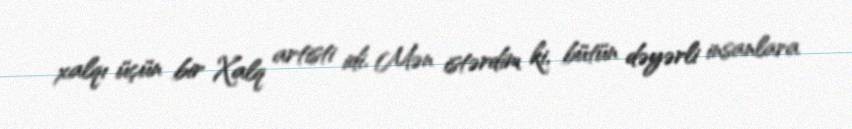
xalqı üçün bir Xalq artisti idi. Mən istərdim ki, bütün dəyərli insanlara